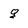
Character: g